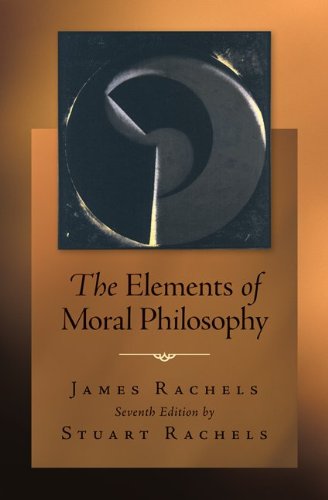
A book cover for The Elements of Moral Philosophy; James Rachels; Politics & Social Sciences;